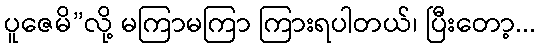
ပူဇေမိ”လို့ မကြာမကြာ ကြားရပါတယ်၊ ပြီးတော့...